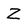
Character: Z